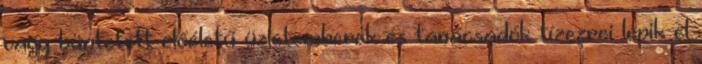
vagy büntetett előéletű üzletemberek és tanácsadók tízezrei lepik el